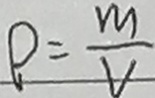
P = \frac { m } { v }